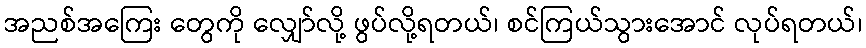
အညစ်အကြေး တွေကို လျှော်လို့ ဖွပ်လို့ရတယ်၊ စင်ကြယ်သွားအောင် လုပ်ရတယ်၊